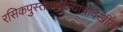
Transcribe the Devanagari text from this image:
रसिकपुस्तकवाल्यांचादेखील